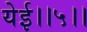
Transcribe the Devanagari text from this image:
येई।।५।।